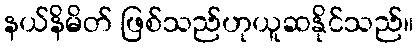
နယ်နိမိတ် ဖြစ်သည်ဟုယူဆနိုင်သည်။